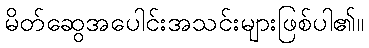
မိတ်ဆွေအပေါင်းအသင်းများဖြစ်ပါ၏။